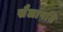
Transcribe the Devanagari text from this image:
सैलापति